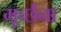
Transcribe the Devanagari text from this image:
मूर्च्छना